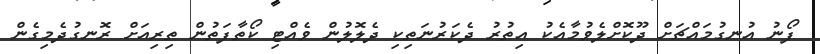
ފޯނު އުނގުމައްޗަށް ދޫކޮށްލެވުމާއެކު އިތުރު ދެކަރުނަތިކި ދެލޮލުން ވެއްޓި ކޯތާފަތުން ތިރިއަށް ރޮނގުދެމިގެން